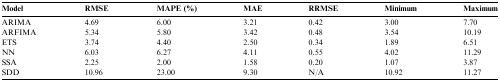
| Model | RMSE | MAPE (%) | MAE | RRMSE | Minimum | Maximum |
 | --- | --- | --- | --- | --- | --- | --- |
 | ARIMA | 4.69 | 6.00 | 3.21 | 0.42 | 3.00 | 7.70 |
 | ARFIMA | 5.34 | 5.80 | 3.42 | 0.48 | 3.54 | 10.19 |
 | ETS | 3.74 | 4.40 | 2.50 | 0.34 | 1.89 | 6.51 |
 | NN | 6.03 | 6.27 | 4.11 | 0.55 | 4.02 | 11.29 |
 | SSA | 2.25 | 2.00 | 1.58 | 0.20 | 1.07 | 3.87 |
 | SDD | 10.96 | 23.00 | 9.30 | N/A | 10.92 | 11.27 |